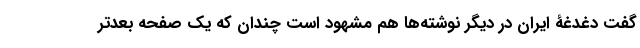
گفت دغدغۀ ایران در دیگر نوشته‌ها هم مشهود است چندان که یک صفحه بعدتر